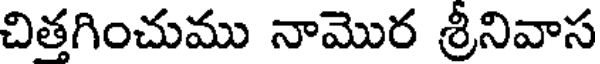
చితగించుము నామొర శ్రీనివాస